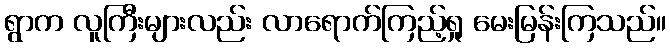
ရွာက လူကြီးများလည်း လာရောက်ကြည့်ရှု မေးမြန်းကြသည်။